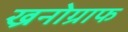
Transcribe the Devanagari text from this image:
ख्रनोग्राफ